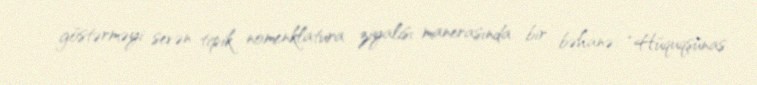
göstərməyi sevən tipik nomenklatura ziyalısı manerasında bir bəhanə: “Hüquqşünas